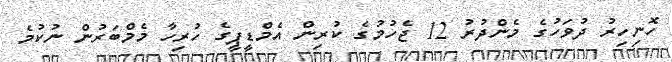
ހޮނިހިރު ދުވަހުގެ މެންދުރު 12 ޖެހުމުގެ ކުރިން އެމްޑީޕީގެ ހުރިހާ މެމްބަރުން ނުކުމެ